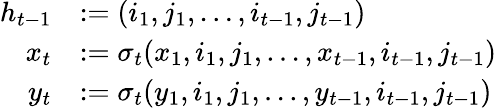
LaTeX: \begin{array}{rl}{h_{t-1}}&{:=(i_{1},j_{1},\dots,i_{t-1},j_{t-1})}\\ {x_{t}}&{:=\sigma_{t}(x_{1},i_{1},j_{1},\dots,x_{t-1},i_{t-1},j_{t-1})}\\ {y_{t}}&{:=\sigma_{t}(y_{1},i_{1},j_{1},\dots,y_{t-1},i_{t-1},j_{t-1})}\end{array}